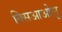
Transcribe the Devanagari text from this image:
क्सिआओलू